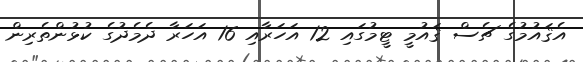
އެޤައުމުގެ ޗެސް ޤައުމީ ޓީމުގައި 12 އަހަރާއި 16 އަހަރާ ދެމެދުގެ ކުޅުންތެރިން